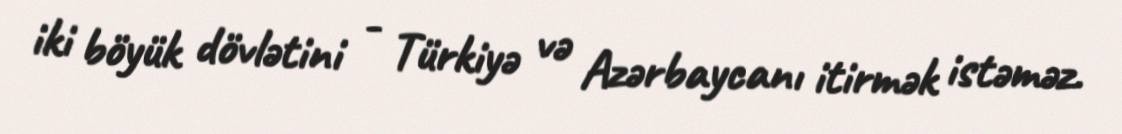
iki böyük dövlətini - Türkiyə və Azərbaycanı itirmək istəməz.